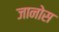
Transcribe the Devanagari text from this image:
जानोस